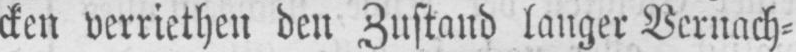
cken verriethen den Zustand langer Vernach⸗